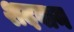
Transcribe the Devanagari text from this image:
शदवान